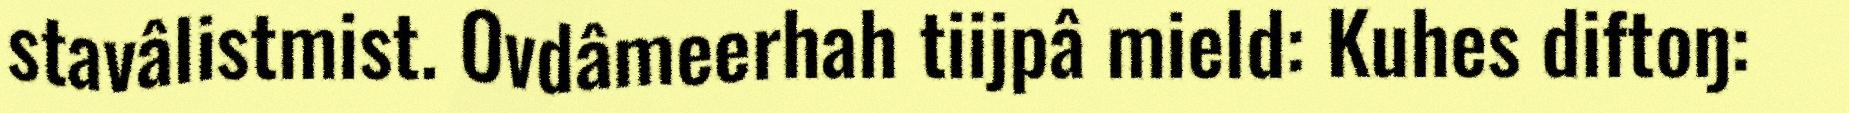
stavâlistmist. Ovdâmeerhah tiijpâ mield: Kuhes diftoŋ: